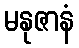
မနုဇာနံ